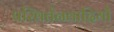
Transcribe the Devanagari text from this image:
परिवर्तनवादियों